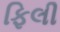
ફિલી